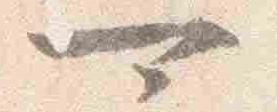
可